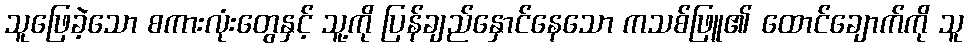
သူဖြေခဲ့သော စကားလုံးတွေနှင့် သူ့ကို ပြန်ချည်နှောင်နေသော ကသစ်ဖြူ၏ ထောင်ချောက်ကို သူ